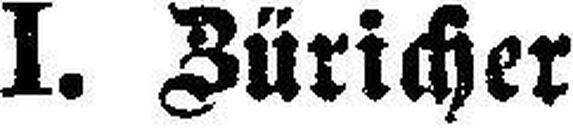
I. Züricher